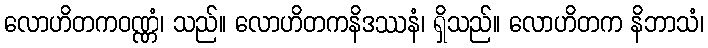
လောဟိတကဝဏ္ဏံ၊ သည်။ လောဟိတကနိဒဿနံ၊ ရှိသည်။ လောဟိတက နိဘာသံ၊